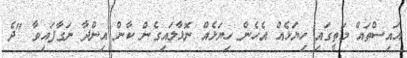
އައިސްތައް މަތީގައި ހިޔަޅެއް އެހެން ހިޔަޅެއް ނޮޅާލައިގެން ކާން އިންދާ ނަގާފައިވާ "ދެ